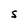
Character: 5